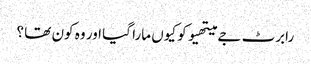
رابرٹ جے میتھیو کو کیوں مارا گیا اور وہ کون تھا ؟